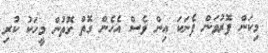
މިކަން ފޮރުވަން ފެނަކަ އިން ވެސް އެހެން ގޮތް ގޮތުން މީހަކު ކުރި